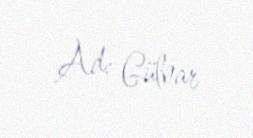
Ad: Gülnar